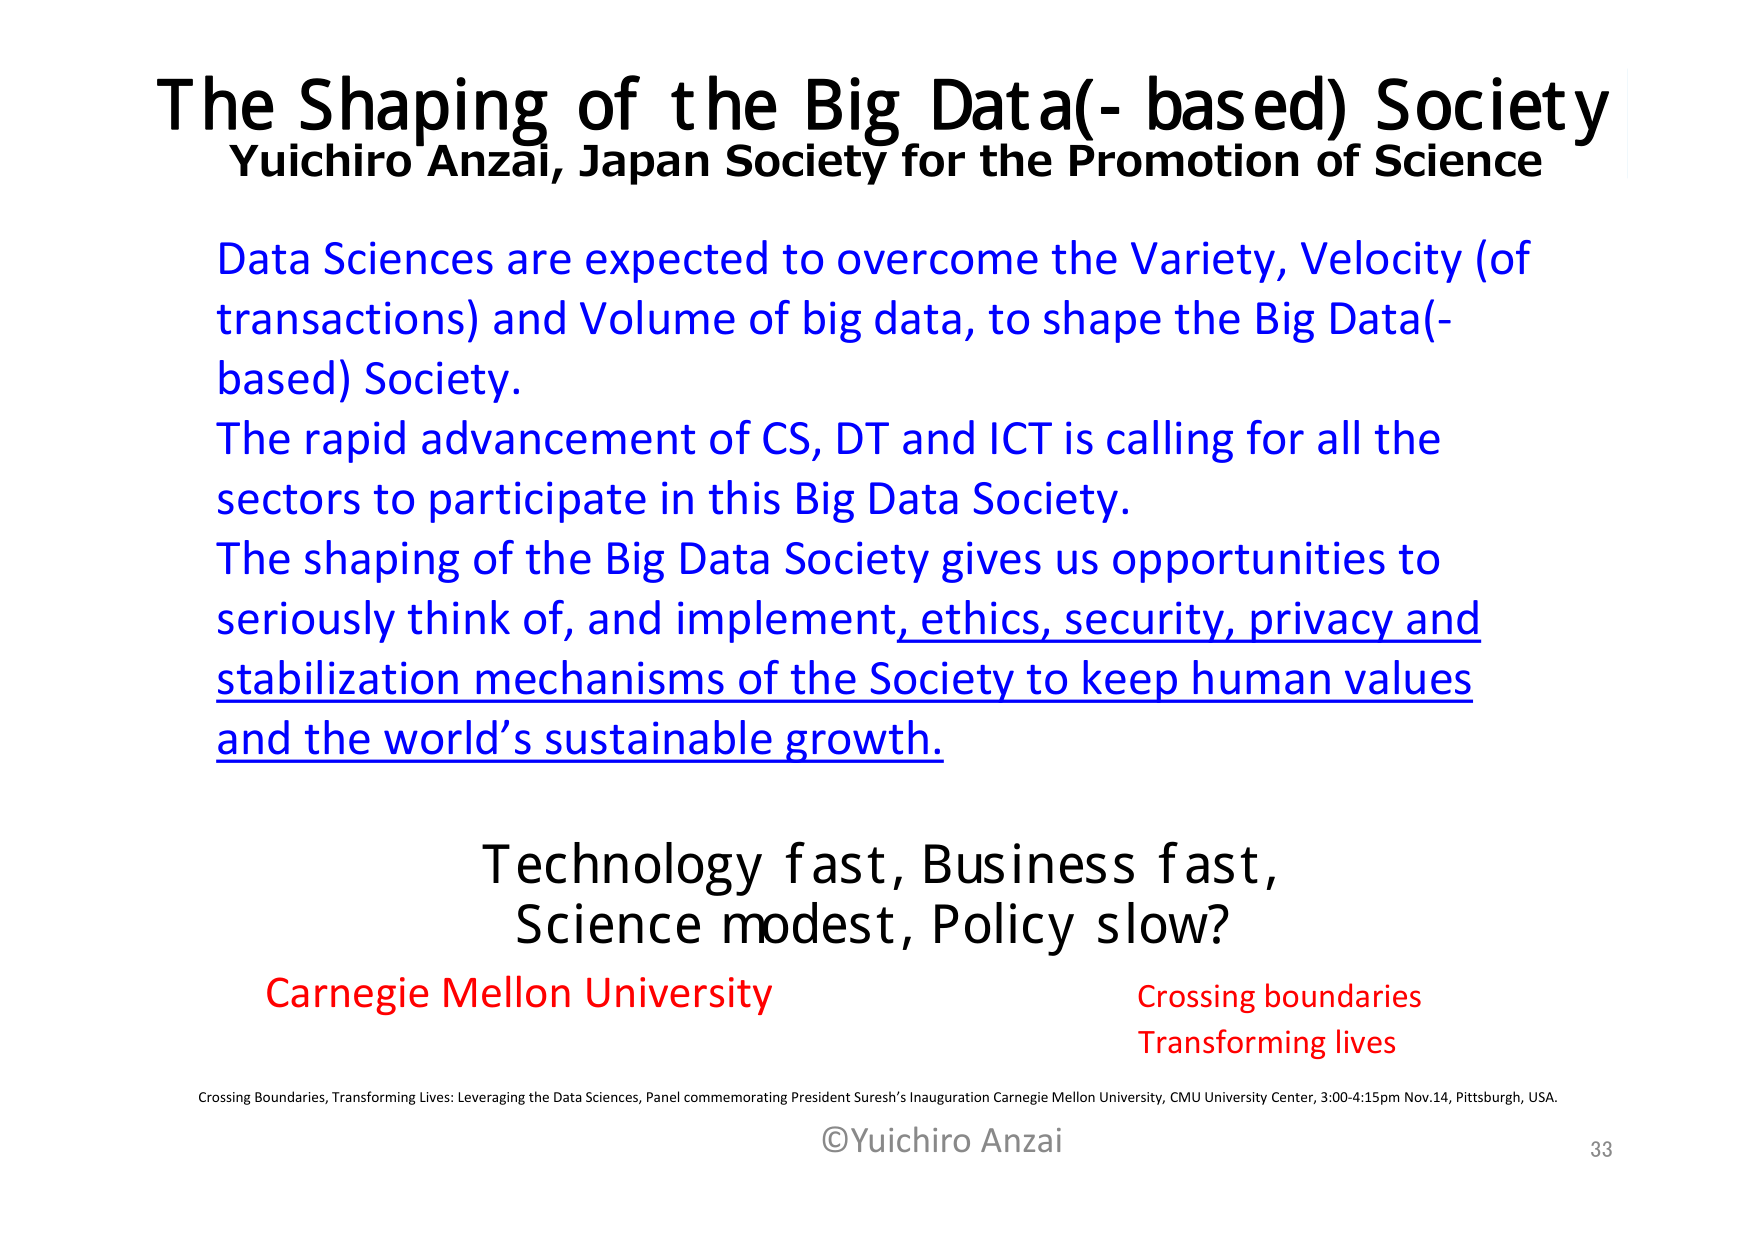
The Shaping of the Big Data(- based) Society
Yuichiro Anzai, Japan Society for the Promotion of Science

Data Sciences are expected to overcome the Variety, Velocity (of transactions) and Volume of big data, to shape the Big Data(-based) Society.
The rapid advancement of CS, DT and ICT is calling for all the sectors to participate in this Big Data Society.
The shaping of the Big Data Society gives us opportunities to seriously think of, and implement, ethics, security, privacy and stabilization mechanisms of the Society to keep human values and the world’s sustainable growth.

Technology fast, Business fast,
Science modest, Policy slow?

Carnegie Mellon University
Crossing boundaries
Transforming lives

Crossing Boundaries, Transforming Lives: Leveraging the Data Sciences, Panel commemorating President Suresh’s Inauguration Carnegie Mellon University, CMU University Center, 3:00-4:15pm Nov.14, Pittsburgh, USA.
©Yuichiro Anzai
33